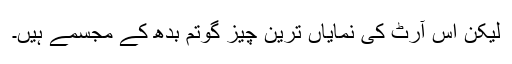
لیکن اس آرٹ کی نمایاں ترین چیز گوتم بدھ کے مجسمے ہیں۔